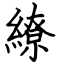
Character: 繚